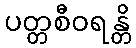
ပတ္တစီဝရန္တိ